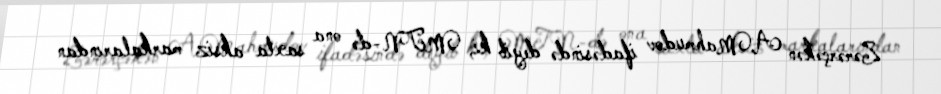
Zərərçəkən A.Mahmudov ifadəsində deyib ki, MTN-də ona saxta aksiz markalarından